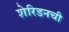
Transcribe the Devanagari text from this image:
शेरिडनची